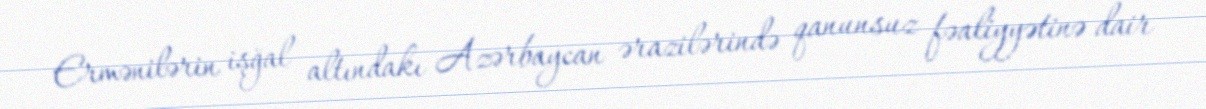
Ermənilərin işğal altındakı Azərbaycan ərazilərində qanunsuz fəaliyyətinə dair